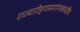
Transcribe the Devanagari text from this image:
राज्यारोहणसमारंभकाळींच